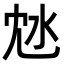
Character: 沊